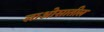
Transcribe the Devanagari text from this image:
लाओसातील